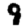
Digit: 9